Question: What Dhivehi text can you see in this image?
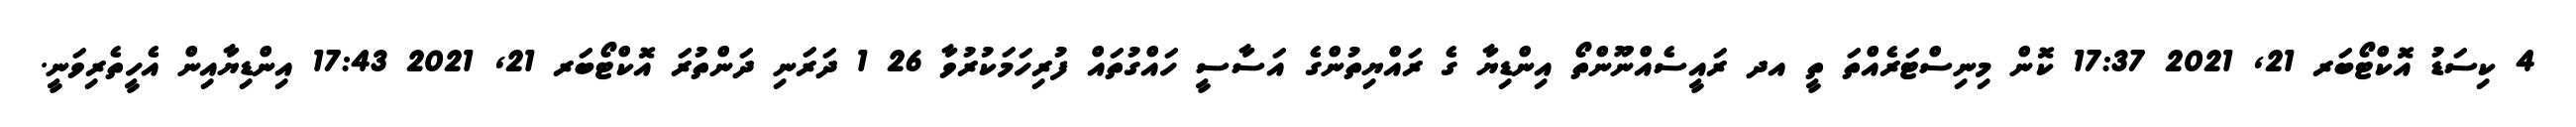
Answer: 4 ކިސަޑު އޮކްޓޯބަރ 21, 2021 17:37 ކޮން މިނިސްޓަރެއްތަ ތީ އދ ރައީސެއްނޫންތޯ އިންޑިޔާ ގެ ރައްޔިތުންގެ އަސާސީ ހައްގުތައް ފުރިހަމަކުރުވާ 26 1 ދަރަނި ދަންތުރަ އޮކްޓޯބަރ 21, 2021 17:43 އިންޑިޔާއިން އެހީތެރިވަނީ.